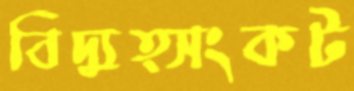
বিদ্যুত্সংকট